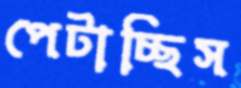
পেটাচ্ছিস